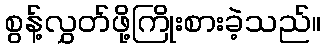
စွန့်လွှတ်ဖို့ကြိုးစားခဲ့သည်။